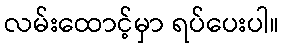
လမ်းထောင့်မှာ ရပ်ပေးပါ။